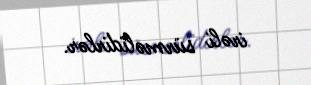
irəli sürməlidirlər.